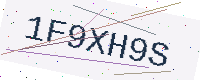
Text: 1F9XH9S